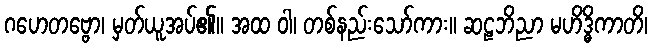
ဂဟေတဗ္ဗော၊ မှတ်ယူအပ်၏။ အထ ဝါ၊ တစ်နည်းသော်ကား။ ဆဠဘိညာ မဟိဒ္ဓိကာတိ၊